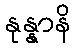
နုန္နာနိ